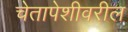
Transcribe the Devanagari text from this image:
चेतापेशीवरील